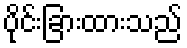
ပိုင်းခြားထားသည်